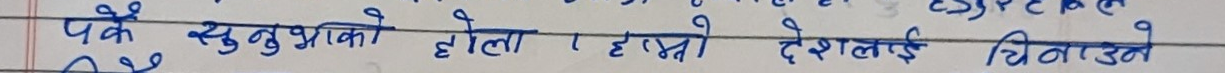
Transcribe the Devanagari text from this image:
पक्कै सुधुवशीको होला। हाम्रो देशलाई चिनाउने